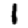
Digit: 1